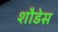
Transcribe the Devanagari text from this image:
शौडेस